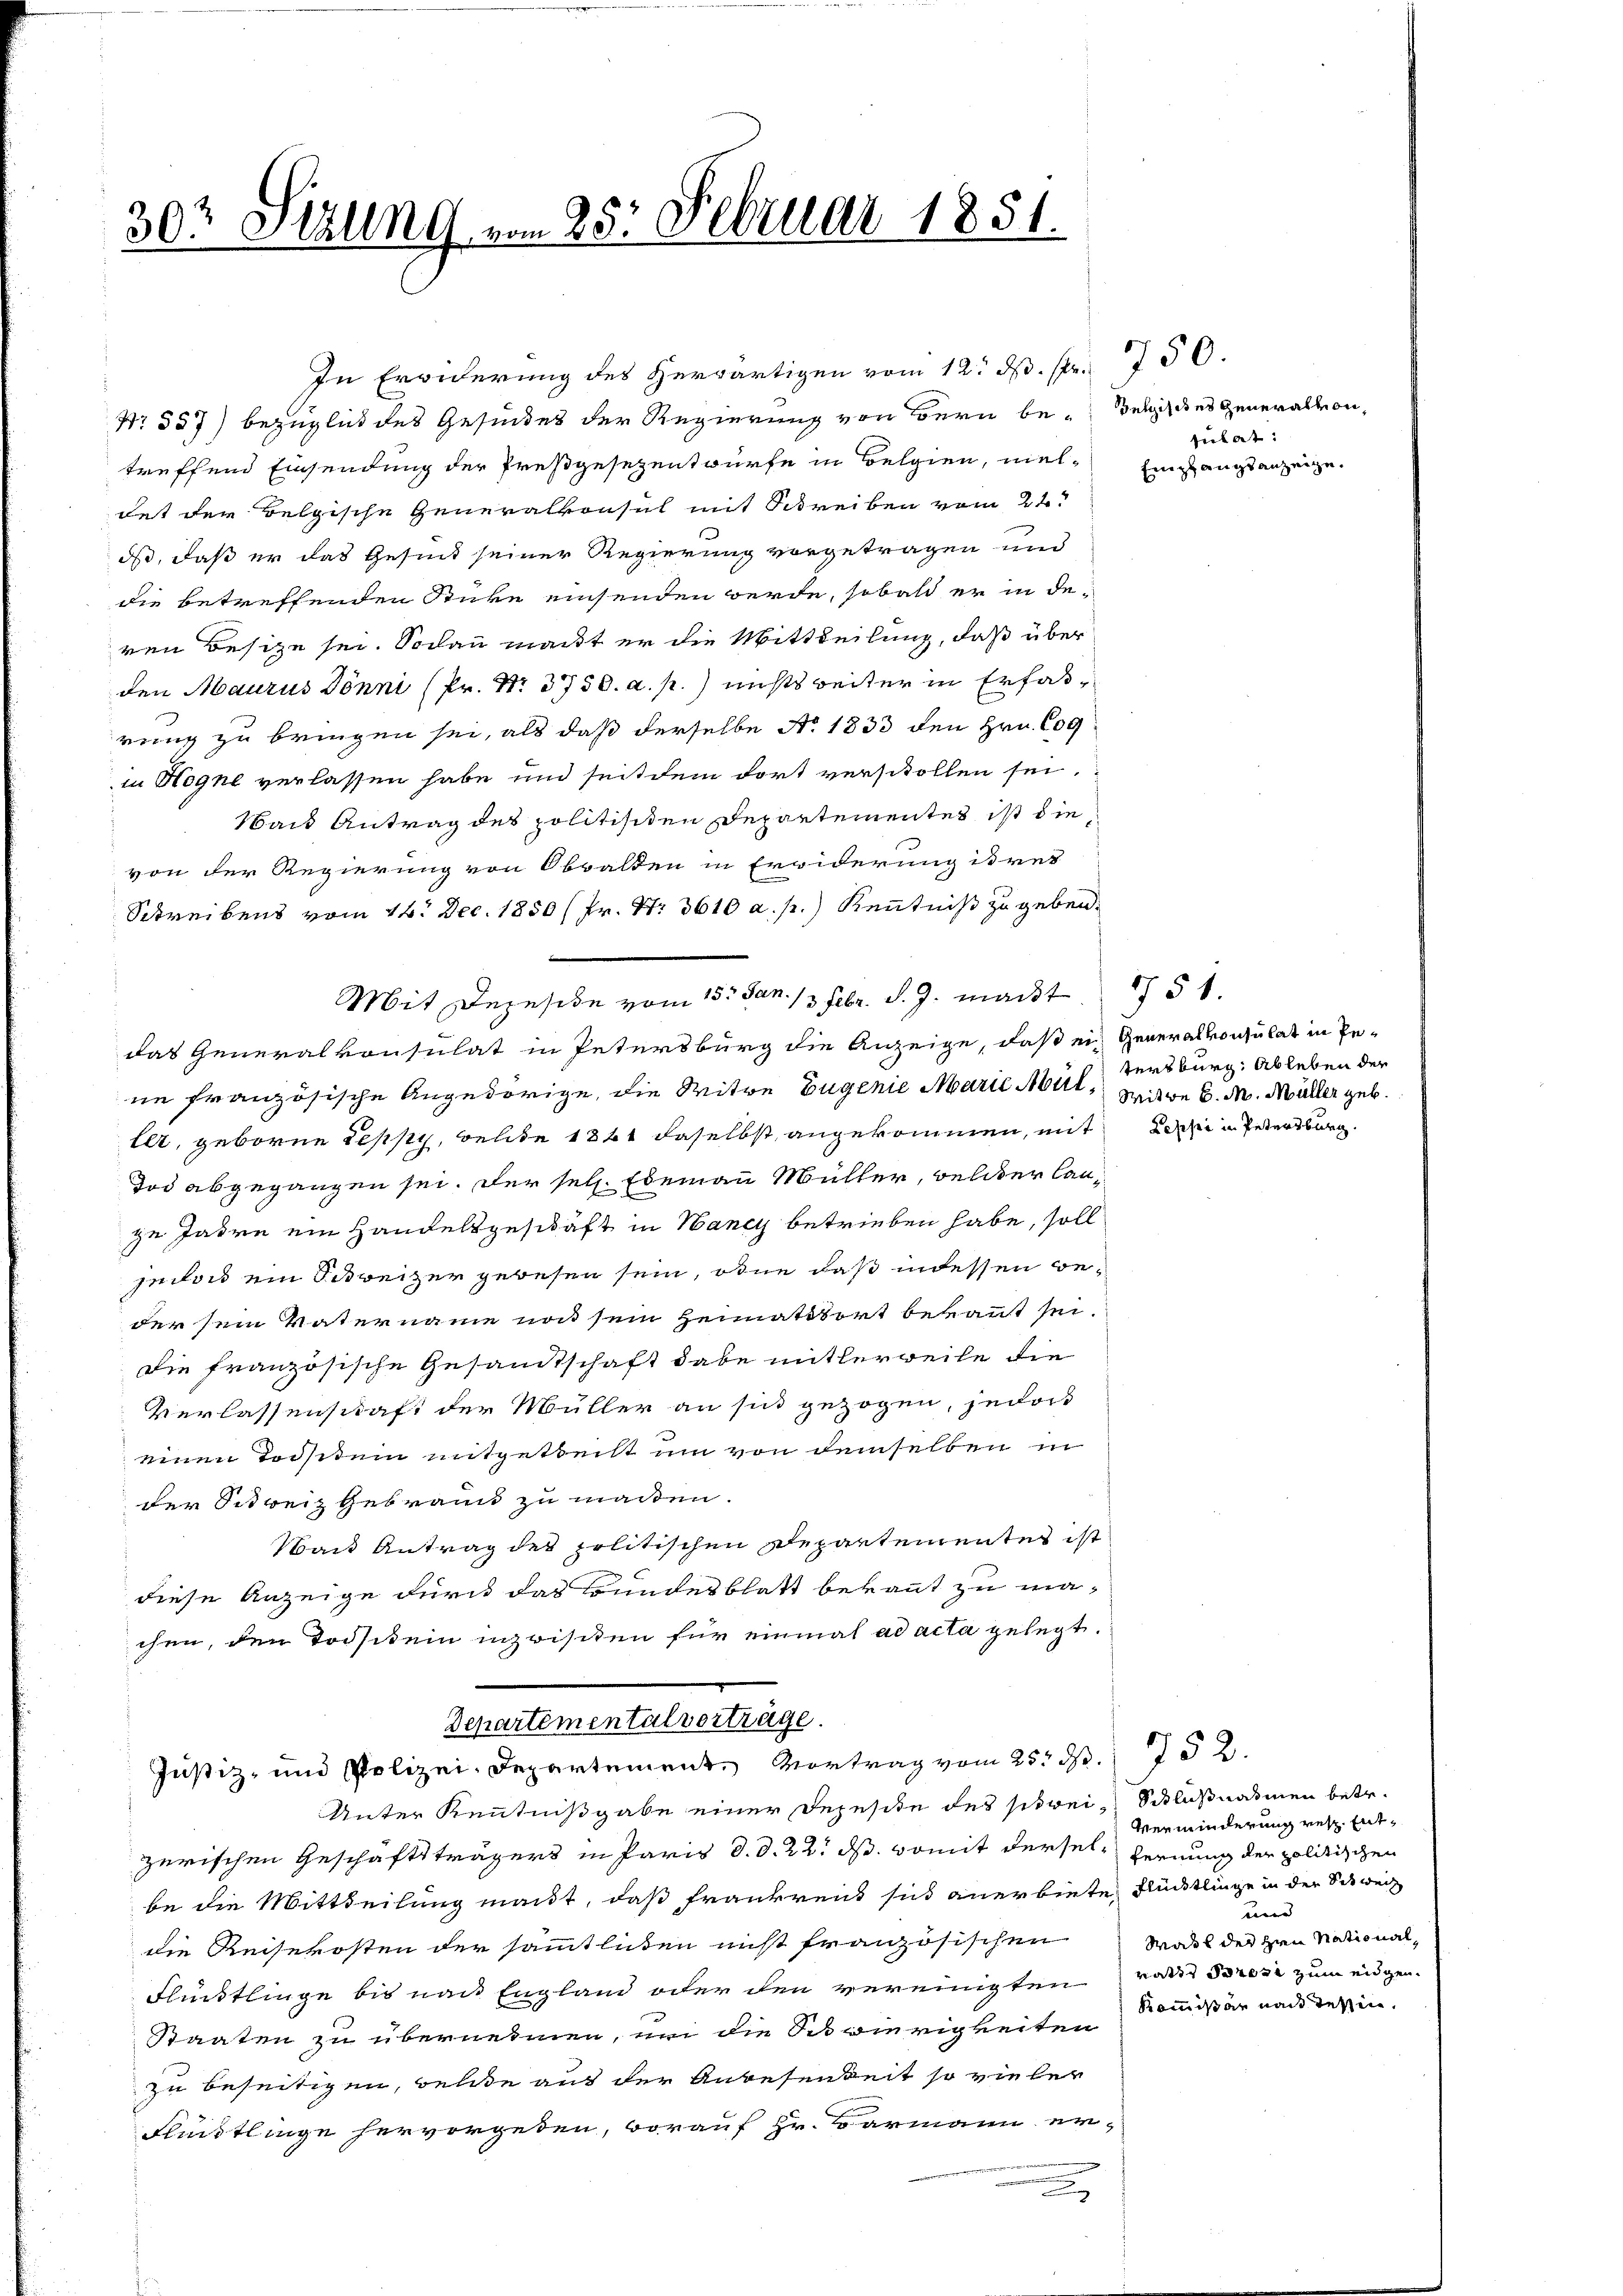
302 Sizung vom 25. Februar 1851.

In Erwiderung des herwärtigen vom 12. ds. spr
Nr 557) bezüglich des Gesindes der Regierung von Bern be-Belgisches Generalkon,
treffend Einsendung der Preßgesezentwürfe in Belgien, viel-
det der Belgische Generalkonsul mit Schreiben vom 22.
ds, daß er das Gesind seiner Regierung vorgetragen und
die betreffenden Stücke einsenden werde, sobald er in de-
ren Besitze sei. Sodann macht er die Mittheilung, daß über
den Maurus Dönni (Pr. Nr. 3750. a. p.) nichts weiter in Erfaßrung zu bringen sei, als daß derselbe Ao 1833 den Hrn. Cog
in Hogne verlassen habe und seit dem dort verschollen sei.
Waid Antrag des politisiten Departementes ist die
von der Regierung von Obwalten in Erwiderung tret
Schreibens vom 14. Dec. 1850 (Pr. Nr. 3610 a. p.) Kenntniß zu geben.
Mit Depeside vom 15. Jan. 13. Febr. S. G. macht 151.
das Generalkonsulat in Petersburg die Anzeige, daß ein Generalkonsulat in Be-
ne französische Angehörige, die Witwe Eugenie Marie Mul, Witwe C. M. Müller geb.
ler, geboren Teppy, welche 1844 daselbst angekommen, mit Dein Petersburg.
Tod abgegangen sei. Der sel. Ebenau Müller, welcher lanze Jadre ein Handelsgeschäft in Nancy betrieben habe, soll
jedoch ein Schweizer gewesen sein, ohne daß in dessen Beder sein Vatername not sein Heimatsort bekannt sei.
Die französische Gesandtschaft dabei mitlerweile die
Verlassenschaft der Müller an sich gezogen, jedoch
einen Todstein mitgeteilt um von demselben in
der Schweiz Gebraun zu machen.
Wand Antrag des politischen Departementes ist
diese Anzeige durch das Bundesblatt bekannt zu machen, den Todsikein inzwischen für einmal ad acta gelegt.

Departementalverträge.
Justiz- und Polizei-Departement. Vortrag vom 25. d. 752.
Unter Kenntnißgabe einer Depesite des strei- Schlußnahmen betr.

zerischen Geschäftsträgers in Paris d. d. 22. ds. womit dersel fernung der politischen
be die Mittheilung mant, daß Frankreis sich anerbiete Rücktlinge in der Schweiz
die Reisekosten der sämmtlichen nicht französischen Wall der den National¬
Flünktlinge bis nach England oder den vereinigten votis Prose zum eidgen.
Staaten zu übernennen, um die Schwierigkeiten
zu beseitigen, welche aus der Anbesenkeit so vieler
Flüchtlinge hervorgeden, worauf Hr. Barmann er-

750.
tuhat:
Empfangsanzeige.

tersburg, Ableben der

Verminderung resp. Ent¬
 |
Kommißär nach Tessin,